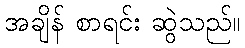
အချိန် စာရင်း ဆွဲသည်။